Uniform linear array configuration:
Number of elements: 8
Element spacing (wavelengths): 0.25
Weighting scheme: blackman
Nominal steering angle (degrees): -60
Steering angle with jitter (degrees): -58.35
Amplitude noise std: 0.05
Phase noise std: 0.05

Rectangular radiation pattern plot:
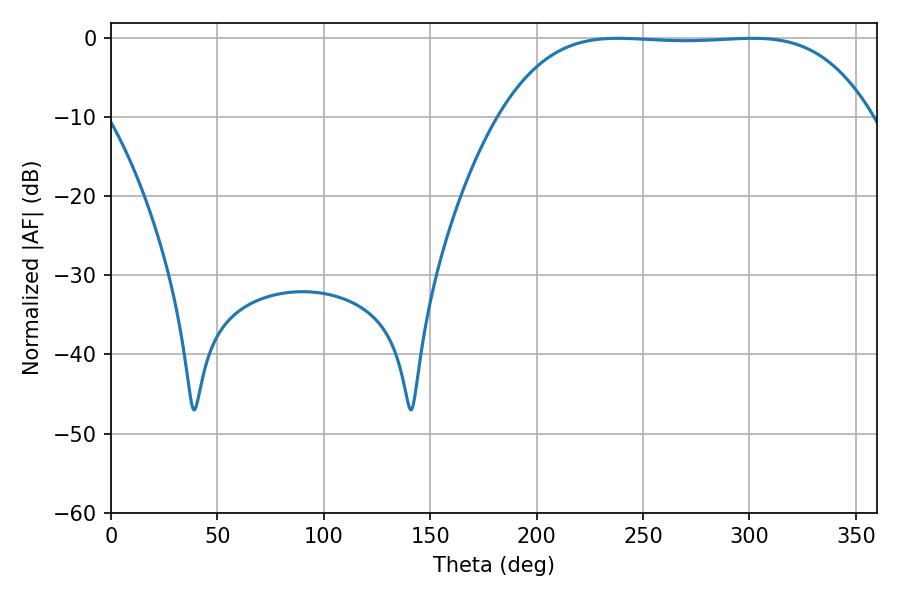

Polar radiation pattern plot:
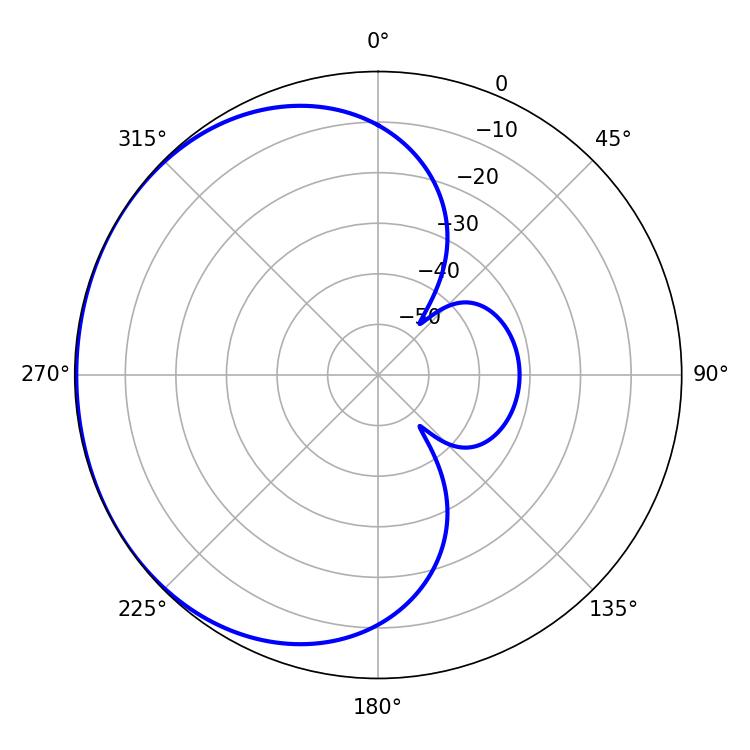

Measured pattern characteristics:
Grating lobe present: FALSE
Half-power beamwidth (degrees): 134.64
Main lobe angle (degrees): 238.32